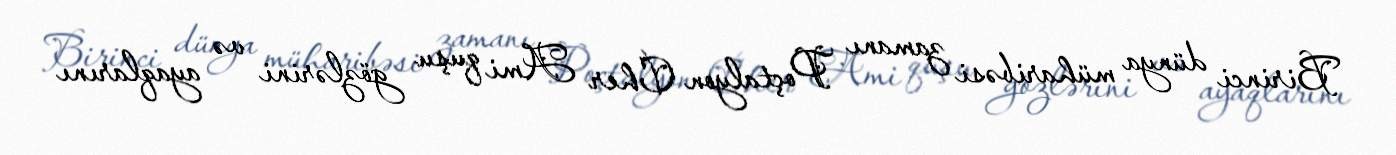
Birinci dünya müharibəsi zamanı Poçtalyon Cher Ami quşu gözlərini və ayaqlarını